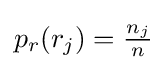
{\textstyle p_{r}(r_{j})={n_{j} \over n}}